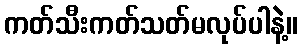
ကတ်သီးကတ်သတ်မလုပ်ပါနဲ့။